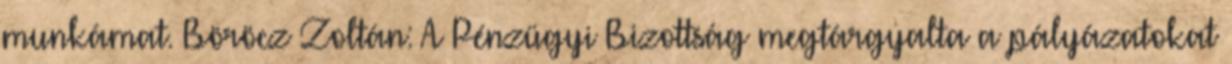
munkámat. Böröcz Zoltán: A Pénzügyi Bizottság megtárgyalta a pályázatokat